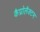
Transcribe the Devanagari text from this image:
कैप्रोलैक्टम